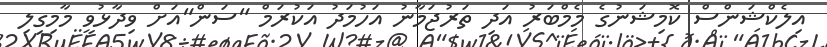
އިލެކްޝަންސް ކޮމިޝަނުގެ މެމްބަރު އަދި ތަރުޖަމާނު އަހުމަދު އަކުރަމް "ސަން"އަށް ވިދާޅުވީ މާމިގިލި